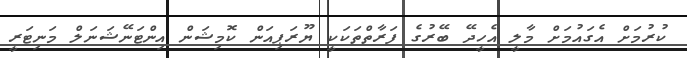
ކުރުމަށް އެގައުމަށް މާލީ އެހީދޭ ބޭރުގެ ފަރާތްތަކަކީ ޔޫރަޕިއަން ކޮމިޝަން އިންޓަނޭޝަނަލް މަނިޓަރީ